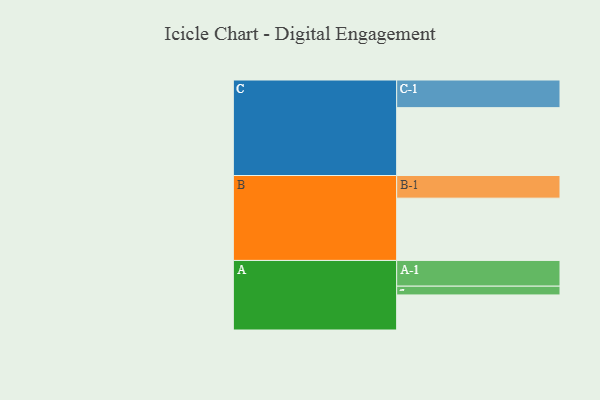
{"axis": {"x": "Segment", "y": "Value"}, "legend": ["", "A", "B", "C"], "data": [{"x": "A", "y": 308, "type": ""}, {"x": "B", "y": 547, "type": ""}, {"x": "C", "y": 596, "type": ""}, {"x": "A-1", "y": 226, "type": "A"}, {"x": "A-2", "y": 77, "type": "A"}, {"x": "B-1", "y": 199, "type": "B"}, {"x": "C-1", "y": 243, "type": "C"}]}